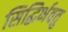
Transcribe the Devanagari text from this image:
सिद्धिर्भवतु